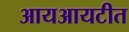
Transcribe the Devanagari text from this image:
आयआयटीत